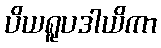
ပိယရူပဒါယိကာ